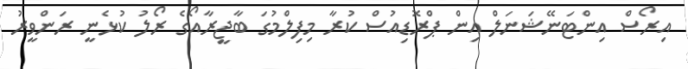
އިރޯސް އިންޓަނޭޝަނަލް އިން ޕްރޮޑިއުސް ކުރާ މިފިލްމުގަ ބާޖީރާއޯގެ ރޯލު ކުޅެނީ ރަންވީރު